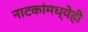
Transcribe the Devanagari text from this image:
नाटकांमध्येही